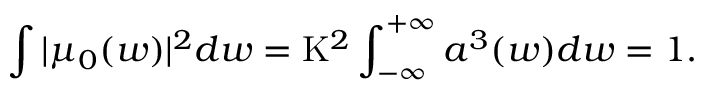
\int | \mu _ { 0 } ( w ) | ^ { 2 } d w = \mathrm { K } ^ { 2 } \int _ { - \infty } ^ { + \infty } a ^ { 3 } ( w ) d w = 1 .